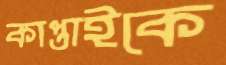
কাপ্তাইকে